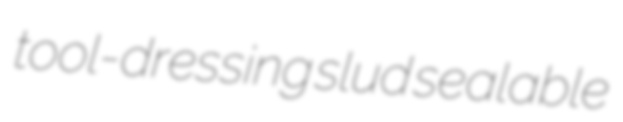
tool-dressing slud sealable